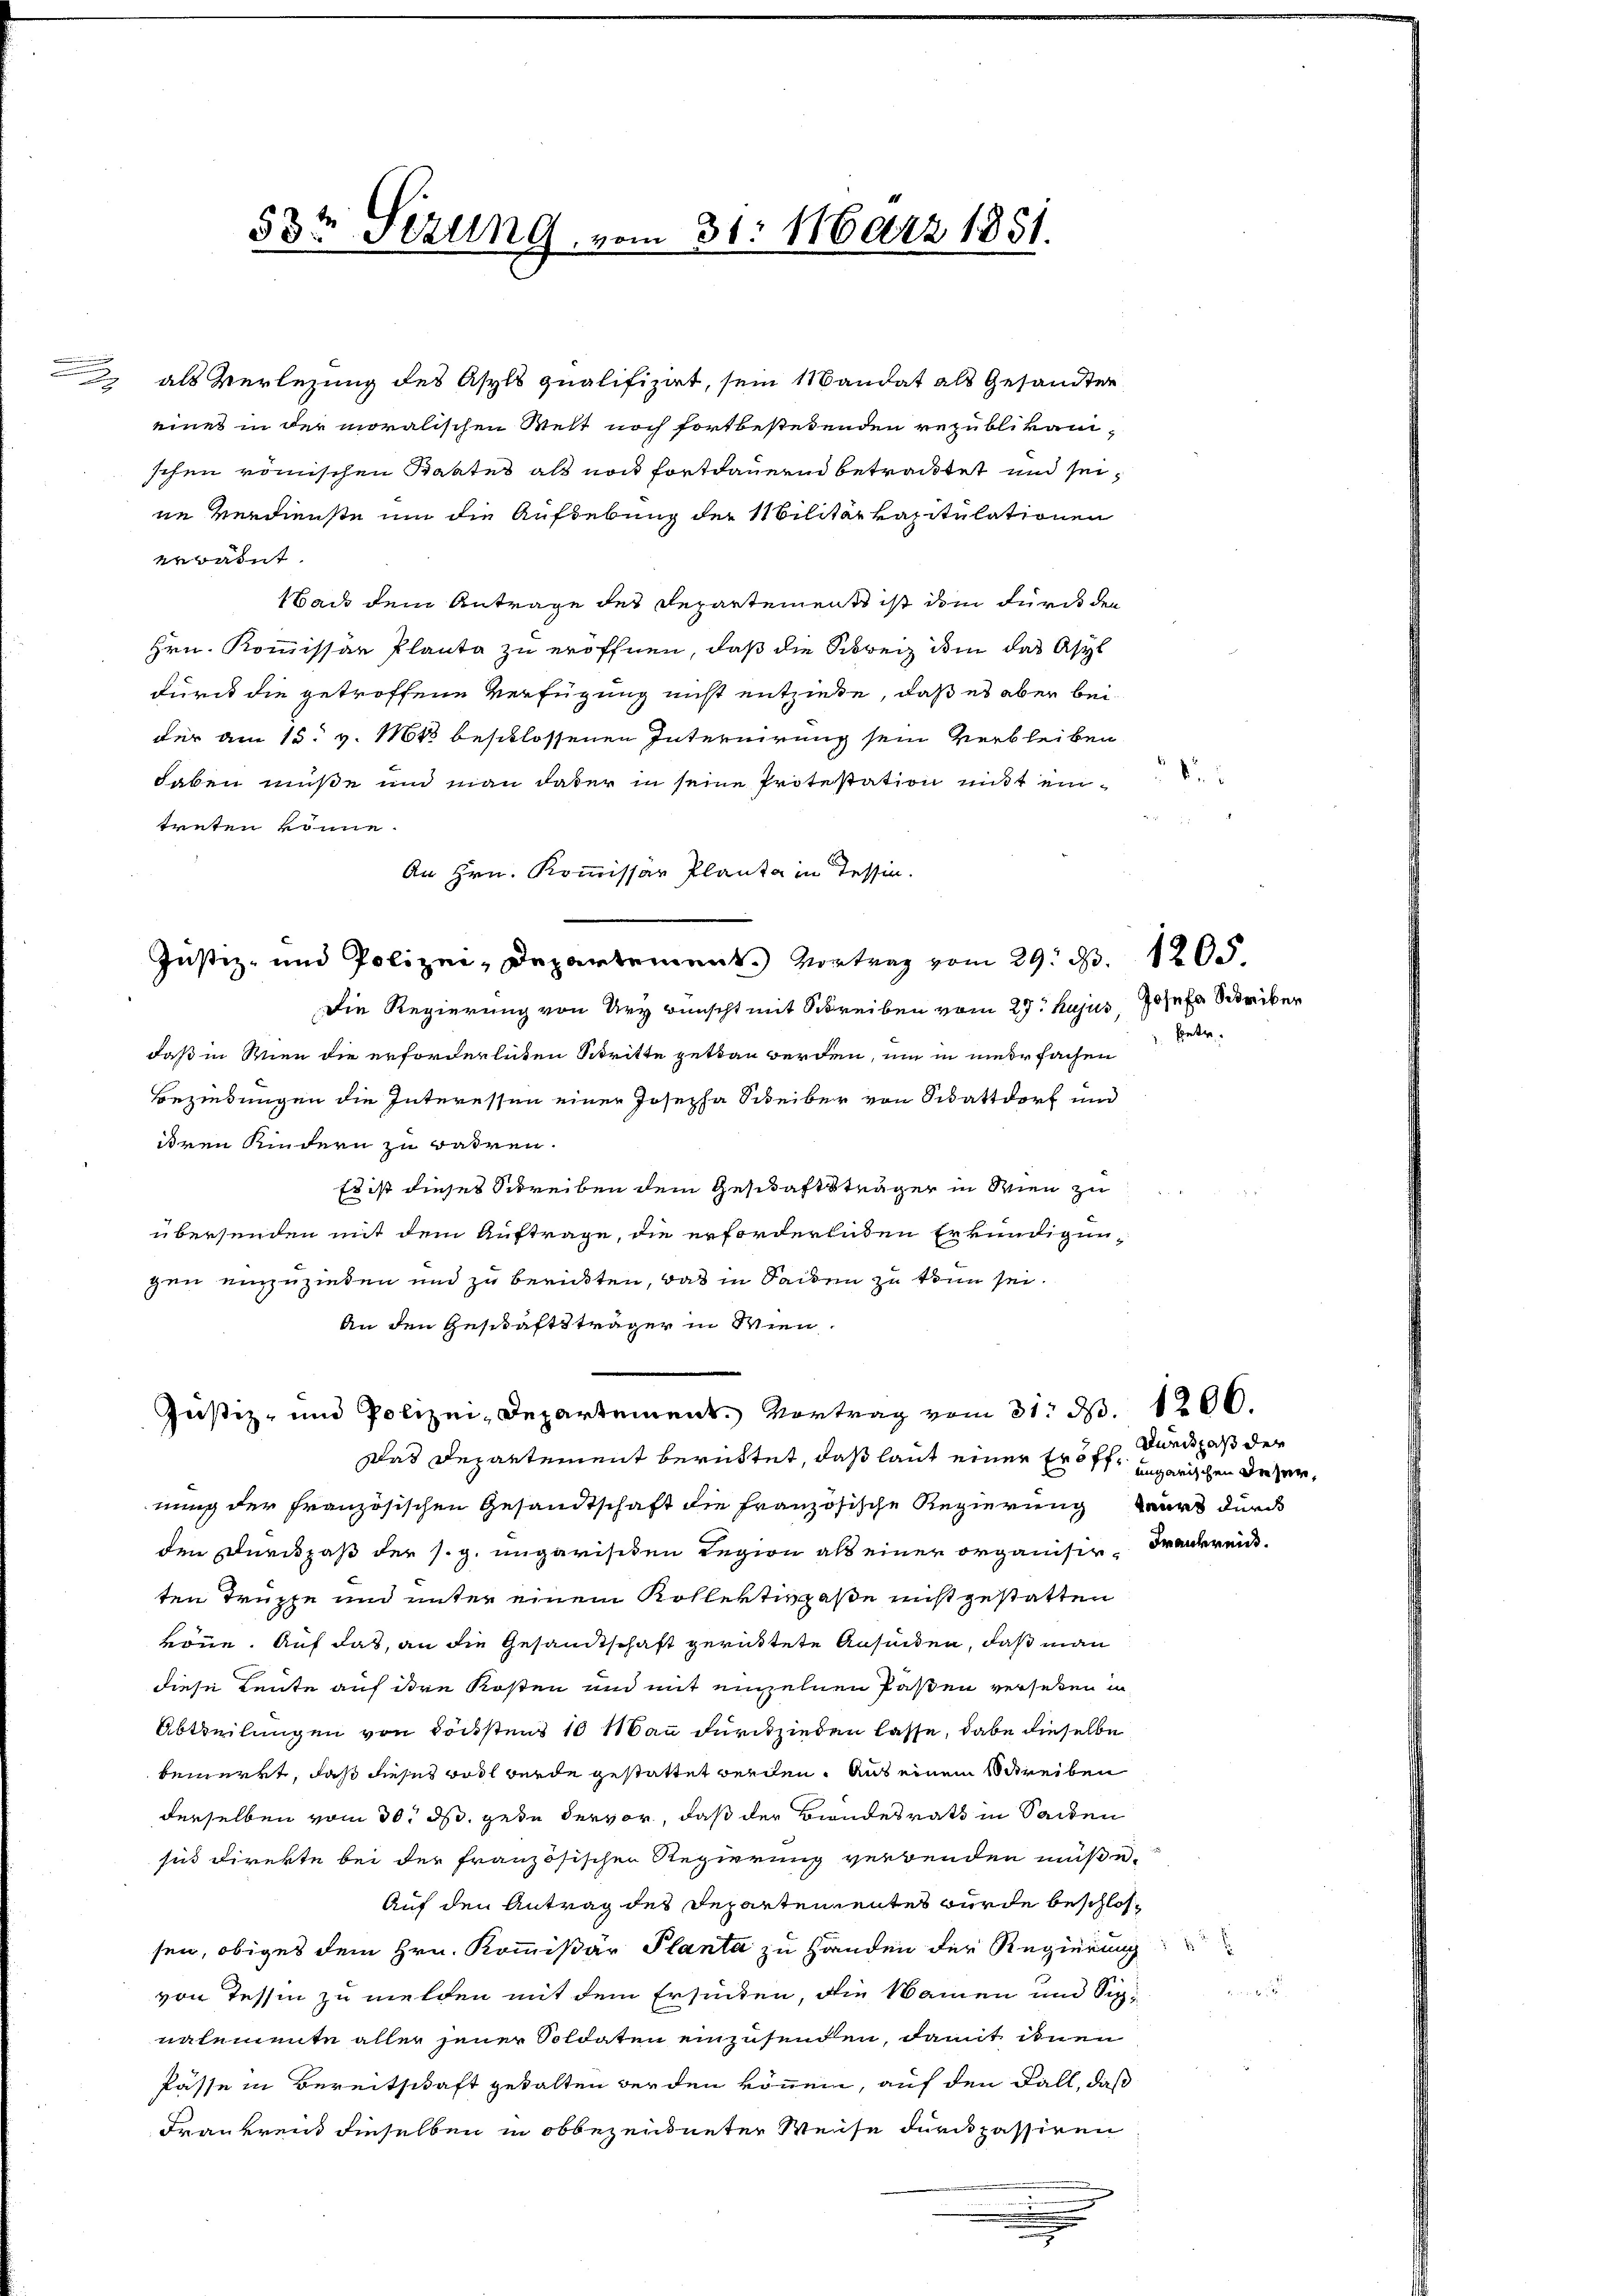
erwähnt.
Wad dem Antrage des Repartement ist dem Für den
Hrn. Kommissär Planta zu eröffnen, daß die Schweiz im das Asyl
durch die getroffene Verfügung nicht entziehe, daß es aber bei
der am 15. v. 1613 beschlossenen Internirung sein Verbleiben
haben müße und man daher in seine Protestation mit eintruten könne.
An Hrn. Kommissär Planta in Tessin.
Justiz- und Polizei-Departement.) Vortrag vom 29. d.
Die Regierung von Ury wünscht mit Schreiben vom 27. hujus,
daß in Wien die erforderlichen Stritte getan werden, um in niederfachen
Beziehungen die Interessen einer Josepha Scheiber von Schatter und
iren Kindern zu wahren.
Es ist dieses Schreiben dem Geschaftsträger in Wien zu
übersenden mit dem Auftrage, die erforderenden Erkundigungen einzuziehen und zu berückten, daß in Seiten zu kann sei.
An den Geschäftsträger in Wien.
Justiz- und Polizei-Departement. Vortrag vom 31. d. 1206.
Das Departement berüttet, daß laut einer Er 8 ff. ungarischen Dezer,
nung der französischen Gesandtschaft die französische Regierung wird durch
den Durckpaß der s. g. ungarisiden Regien als einer organisir Frankrei
ten Truppe und unter einem Kollektivpaße nicht gestatten
könne. Auf das, an die Gesandtschaft gerüttete Ansieden, daß man
diese Leute auf dere Kosten und mit einzelnen Paßen verseten in
Abtheilungen von Förstens 10 Mann durchzieden lasse, dabe dieselbe
bemerkt, daß dieses Bodl wurde gestattet werden. Aus einem Schreiben
derselben vom 30. ds. gede der vor, daß der Bundesrath in Seiden
sich direkte bei der französischen Regierung verbenden müße.
Auf den Antrag des Departementes wurde beschlossen, obiges dem Hrn. Kommißär Planta zu Handen der Regierung
von Tessin zu melden mit dem Ersunken, die Namen und Sichnalemente aller jener Soldaten einzusenden, damit ihnen
Pässe in Bereitschaft gewalten werden können, auf den Fall, daß
Frankreis dieselben in obbezerdneter Weise durchpassiren

53te Sizung, vom 31. März 1851.

2 als Verlesung des Asyls qualifizirt, sein Mandat als Gesandten
eines in der moralischen Welt noch fortbestehenden republikani-
schen römischen Staates als noch fortdauernd betracktet und seine Verdienste um die Aufhebung der Militär kapitulationen

de

1205
Josefa Schriber
 Entr

Dundlaß der